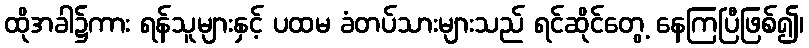
ထိုအခါ၌ကား ရန်သူများနှင့် ပထမ ခံတပ်သားများသည် ရင်ဆိုင်တွေ့ နေကြပြီဖြစ်၍၊